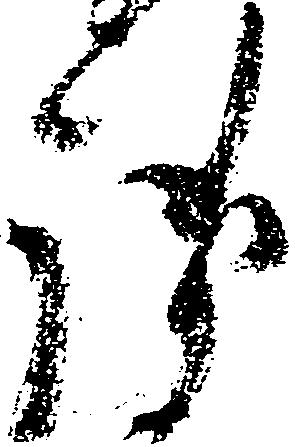
御